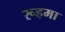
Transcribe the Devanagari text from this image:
रूहमा